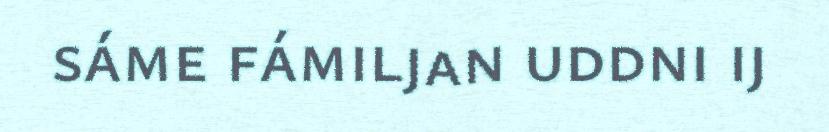
sáme fámiljan uddni ij